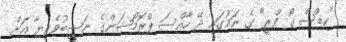
"ކިޑްސް ގޯ ފްރީ" ގެ ނަމުގައި ދޭ ހާއްސަ ޕްރޮމޯޝަންގެ ނަސީބުވެރިޔާ އަށް